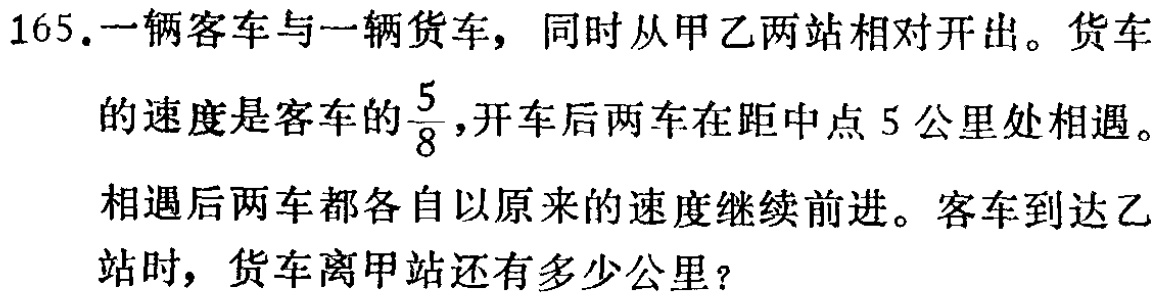
165.一辆客车与一辆货车，同时从甲乙两站相对开出。货车

的速度是客车的$\frac{5}{8}$，开车后两车在距中点5公里处相遇。

相遇后两车都各自以原来的速度继续前进。客车到达乙

站时，货车离甲站还有多少公里？